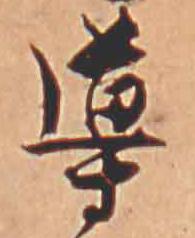
導